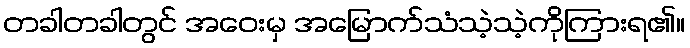
တခါတခါတွင် အဝေးမှ အမြောက်သံသဲ့သဲ့ကိုကြားရ၏။